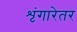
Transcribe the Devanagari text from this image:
शृंगारेतर